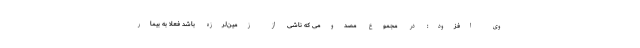
وی افزود: در مجموع مصدومی که ناشی از زمین‌لرزه باشد فعلا به بیمار